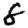
Digit: 8